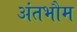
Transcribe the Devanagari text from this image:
अंतभौम